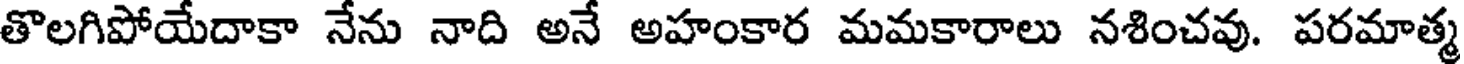
తొలగిపోయేదాకా నేను నాది అనే అహంకార మమకారాలు నశించవు. పరమాత్మ